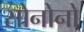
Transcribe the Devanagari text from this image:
सोनोनो